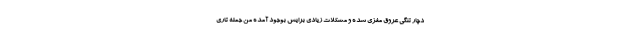
دچار تنگی عروق مغزی شده و مشکلات زیادی برایش بوجود آمده من جمله تاری